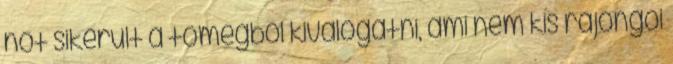
nőt sikerült a tömegből kiválogatni, ami nem kis rajongói